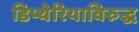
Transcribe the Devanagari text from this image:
डिप्थेरियाविरुद्ध